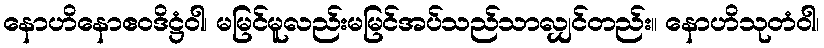
နောဟိနောဧဝဒိဋ္ဌံဝါ၊ မမြင်မူလည်းမမြင်အပ်သည်သာလျှင်တည်း။ နောဟိသုတံဝါ၊